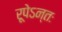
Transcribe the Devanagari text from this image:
रूपेऽन्तः